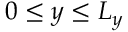
0 \leq y \leq L _ { y }